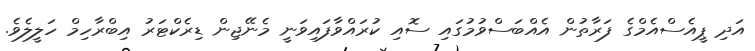
އަދި ޕީއެސްއެމްގެ ފަރާތުން އެއްބަސްވުމުގައި ސޮއި ކުރައްވާފައިވަނީ މެނޭޖިން ޑިރެކްޓަރު އިބްރާހިމް ހަލީލެވެ.